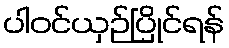
ပါဝင်ယှဉ်ပြိုင်ရန်